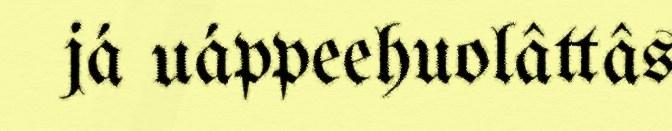
já uáppeehuolâttâs